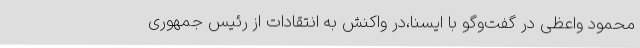
محمود واعظی در گفت‌وگو با ایسنا،در واکنش به انتقادات از رئیس جمهوری